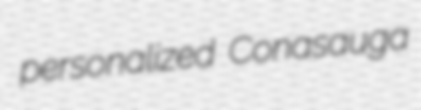
personalized Conasauga